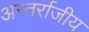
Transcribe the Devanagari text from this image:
अन्तर्राजीय